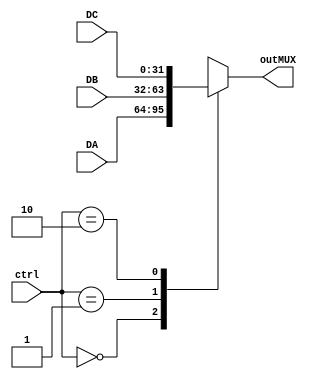
	module tripleMUX (ctrl,DA, DB, DC, outMUX);
	input [1:0] ctrl;
	input [31:0] DA, DB, DC;
	output reg [31:0] outMUX;
	
	always@(*) begin
		case (ctrl)
			2'b00: outMUX = DA;
			2'b01: outMUX = DB;
			2'b10: outMUX = DC;
			default: outMUX = 32'bx;
		endcase
	end
endmodule